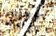
نوقف